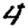
Digit: 4